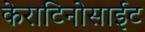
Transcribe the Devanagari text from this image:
केराटिनोसाईट